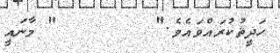
ޙަދީޘުކުރައްވައެވެ."        " މާނައީ